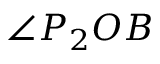
\angle P _ { 2 } O B